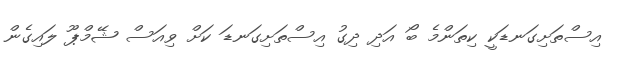
އިސްތަށިގަނޑަކީ ކިތަންމެ ބޯ އަދި ދިގު އިސްތަށިގަނޑަ ކަށް ވިއަސް ޝޭމްޕޫ ލައިގެން